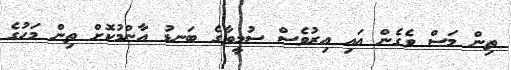
ތިން މަސް ވެގެން އައި އިރުވެސް ސުމީތާގެ ބަނޑު އާންމުކޮށް ތިން މަހުގެ